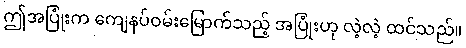
ဤအပြုံးက ကျေနပ်ဝမ်းမြောက်သည့် အပြုံးဟု လဲ့လဲ့ ထင်သည်။